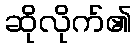
ဆိုလိုက်၏